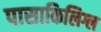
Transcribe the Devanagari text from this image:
पासाकिलिग्ल